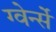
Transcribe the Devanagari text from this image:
ग्वेर्न्से